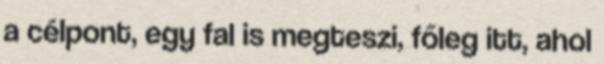
a célpont, egy fal is megteszi, főleg itt, ahol